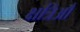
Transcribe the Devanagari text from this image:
क्षत्रिऑँ